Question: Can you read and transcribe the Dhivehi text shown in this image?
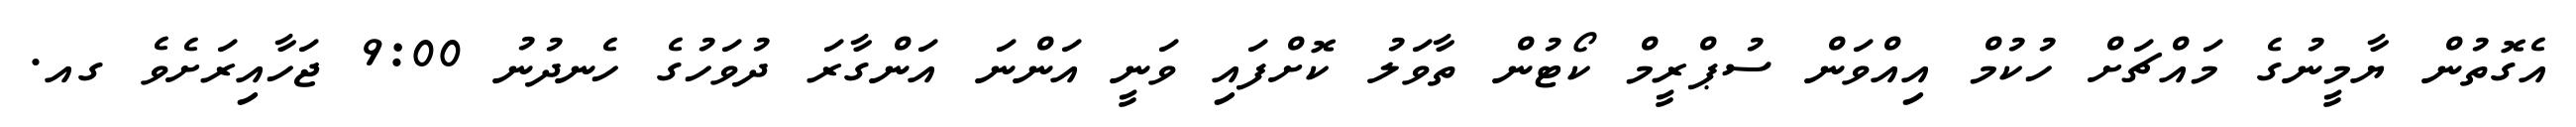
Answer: އެގޮތުން ޔާމީނުގެ މައްޗަށް ހުކުމް އިއްވަން ސުޕްރީމް ކޯޓުން ތާވަލު ކޮށްފައި ވަނީ އަންނަ އަންގާރަ ދުވަހުގެ ހެނދުނު 9:00 ޖަހާއިރަށެވެ ގއ.